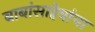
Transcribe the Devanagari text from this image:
बाबांसाहेबांचा